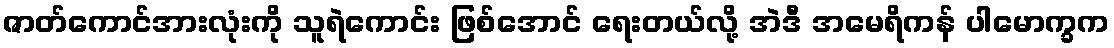
ဇာတ်ကောင်အားလုံးကို သူရဲကောင်း ဖြစ်အောင် ရေးတယ်လို့ အဲဒီ အမေရိကန် ပါမောက္ခက